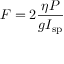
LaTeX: F = 2 { \frac { \eta P } { g I _ { \mathrm { s p } } } }